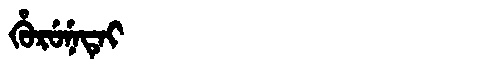
Manchu: ᡥᡠᡵᡠᠨᡝᡨᡝᡳ
Romanization: HURUNETEI